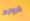
الروابط